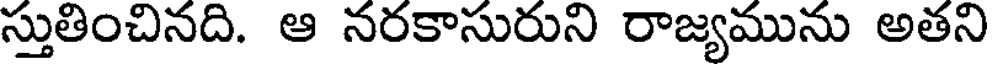
స్తుతించినది. ఆ నరకాసురుని రాజ్యమును అతని